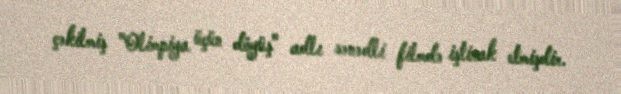
çəkilmiş "Olimpiya üçün döyüş" adlı sənədli filmdə iştirak etmişdir.